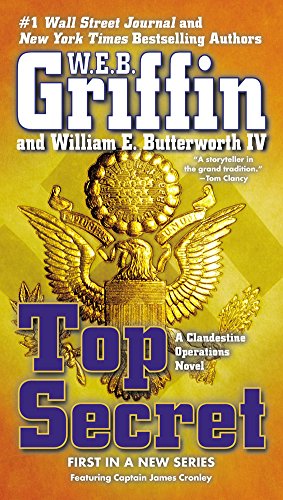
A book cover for Top Secret (A Clandestine Operations Novel); W.E.B. Griffin; Literature & Fiction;